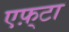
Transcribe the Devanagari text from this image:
एफ़्टा